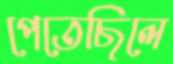
পেতেছিলে